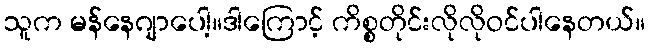
သူက မန်နေဂျာပေါ့။ဒါကြောင့် ကိစ္စတိုင်းလိုလိုဝင်ပါနေတယ်။